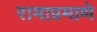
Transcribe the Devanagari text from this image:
रामाप्रमाणे